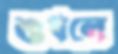
শুধলে